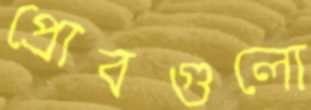
প্রোবগুলো